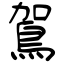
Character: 鴐